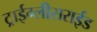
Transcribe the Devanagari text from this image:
ट्राईग्लीसराईड